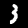
Digit: 3